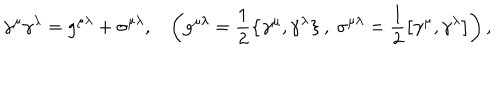
LaTeX: \gamma ^ { \mu } \gamma ^ { \lambda } = g ^ { \mu \lambda } + \sigma ^ { \mu \lambda } , \ \ \ \left( g ^ { \mu \lambda } = \frac { 1 } { 2 } \left\{ \gamma ^ { \mu } , \gamma ^ { \lambda } \right\} , \ \sigma ^ { \mu \lambda } = \frac { 1 } { 2 } \left[ \gamma ^ { \mu } , \gamma ^ { \lambda } \right] \right) ,